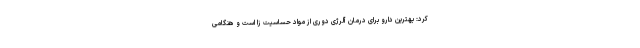
کرد: بهترین دارو برای درمان آلرژی دوری از مواد حساسیت زا است و هنگامی